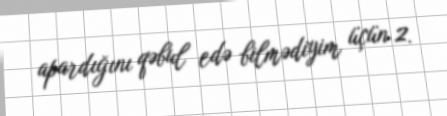
apardığını qəbul edə bilmədiyim üçün 2.